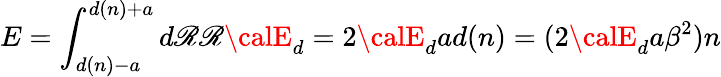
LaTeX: E=\int_{d(n)-a}^{d(n)+a}d\mathscr{R}\mathscr{R}{\calE}_{d}=2{\calE}_{d}ad(n)=(2{\calE}_{d}a\beta^{2})n